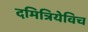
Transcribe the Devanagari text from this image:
दमित्रियेविच